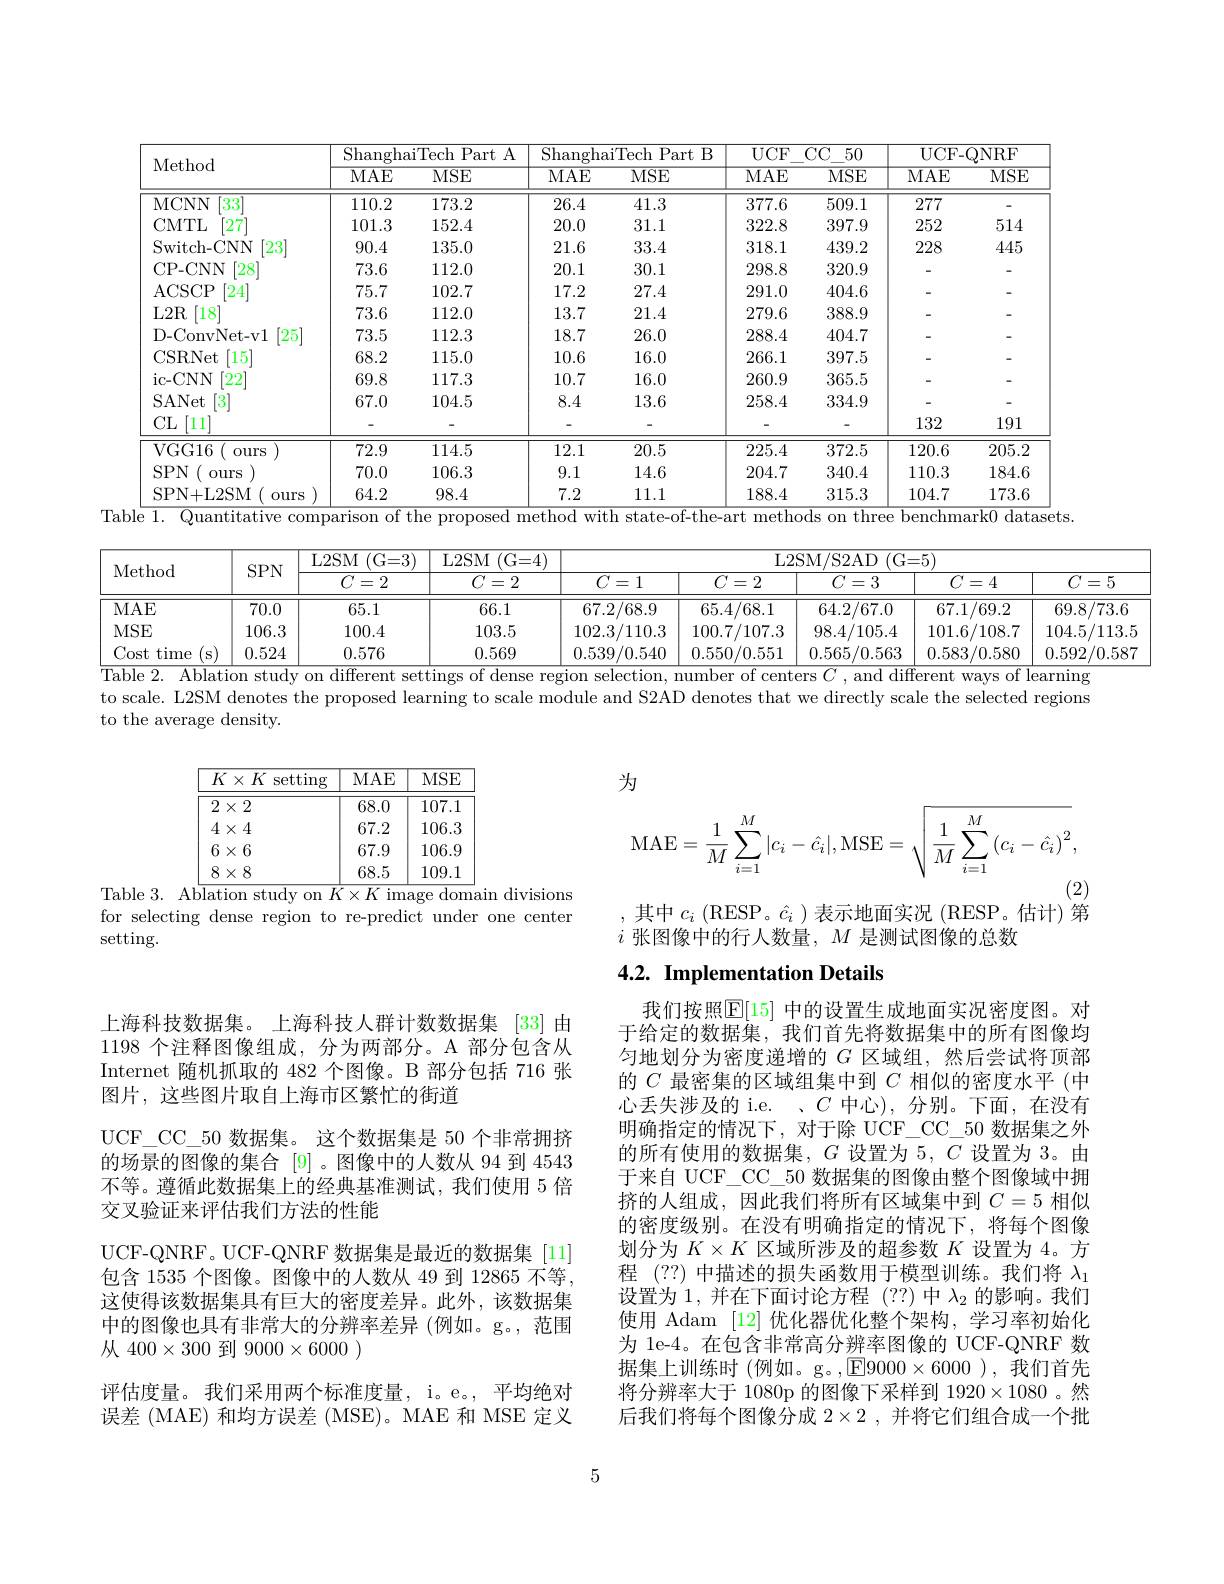
<table>
	<tbody>
		<tr>
			<th rowspan="2">Method</th>
			<th colspan="2">ShanghaiTech Part A</th>
			<th colspan="2">ShanghaiTech Part B</th>
			<th rowspan="2">$UCF$ MAE</th>
			<th rowspan="2">CC$\_$50 MSE</th>
			<th colspan="2">UCF- QNRF</th>
		</tr>
		<tr>
			<th>MAE</th>
			<th>MSE</th>
			<th>MAE</th>
			<th>MSE</th>
			<th>MAE</th>
			<th>MSE</th>
		</tr>
		<tr>
			<td>MCNN $33^{\prime}$</td>
			<td>110.2</td>
			<td>173.2</td>
			<td>26.4</td>
			<td>41.3</td>
			<td>377.6</td>
			<td>509.1</td>
			<td>277</td>
			<td>-</td>
		</tr>
		<tr>
			<td>CMTL 27</td>
			<td>101.3</td>
			<td>152.4</td>
			<td>20.0</td>
			<td>31.1</td>
			<td>322.8</td>
			<td>397.9</td>
			<td>252</td>
			<td>514</td>
		</tr>
		<tr>
			<td>$[23^{\prime}$ Switch- CNN</td>
			<td>90.4</td>
			<td>135.0</td>
			<td>21.6</td>
			<td>33.4</td>
			<td>318.1</td>
			<td>439.2</td>
			<td>228</td>
			<td>445</td>
		</tr>
		<tr>
			<td>$\lceil28\rceil$ CP- CNN</td>
			<td>73.6</td>
			<td>112.0</td>
			<td>20.1</td>
			<td>30.1</td>
			<td>298.8</td>
			<td>320.9</td>
			<td> </td>
			<td>-</td>
		</tr>
		<tr>
			<td>$\lceil24\rceil$ ACSCP</td>
			<td>75.7</td>
			<td>102.7</td>
			<td>17.2</td>
			<td>27.4</td>
			<td>291.0</td>
			<td>404.6</td>
			<td> </td>
			<td>-</td>
		</tr>
		<tr>
			<td>$L2R$ [18]</td>
			<td>73.6</td>
			<td>112.0</td>
			<td>13.7</td>
			<td>21.4</td>
			<td>279.6</td>
			<td>388.9</td>
			<td> </td>
			<td>-</td>
		</tr>
		<tr>
			<td>D- ConvNet- v1 $25^{\prime}$</td>
			<td>73.5</td>
			<td>112.3</td>
			<td>18.7</td>
			<td>26.0</td>
			<td>288.4</td>
			<td>404.7</td>
			<td> </td>
			<td>-</td>
		</tr>
		<tr>
			<td>CSRNet $15^{\prime}$</td>
			<td>68.2</td>
			<td>115.0</td>
			<td>10.6</td>
			<td>16.0</td>
			<td>266.1</td>
			<td>397.5</td>
			<td> </td>
			<td>-</td>
		</tr>
		<tr>
			<td>$[22^{\cdot}]$ ic- CNN</td>
			<td>69.8</td>
			<td>117.3</td>
			<td>10.7</td>
			<td>16.0</td>
			<td>260.9</td>
			<td>365.5</td>
			<td> </td>
			<td>-</td>
		</tr>
		<tr>
			<td>SANet 3</td>
			<td>67.0</td>
			<td>104.5</td>
			<td>8.4</td>
			<td>13.6</td>
			<td>258.4</td>
			<td>334.9</td>
			<td> </td>
			<td>-</td>
		</tr>
		<tr>
			<td>CL [11]</td>
			<td> </td>
			<td> </td>
			<td> </td>
			<td> </td>
			<td>-</td>
			<td> </td>
			<td>132</td>
			<td>191</td>
		</tr>
		<tr>
			<td>VGG16 1. ours</td>
			<td>72.9</td>
			<td>114.5</td>
			<td>12.1</td>
			<td>20.5</td>
			<td>225.4</td>
			<td>372.5</td>
			<td>120.6</td>
			<td>205.2</td>
		</tr>
		<tr>
			<td>$SPN$ $0urs$</td>
			<td>70.0</td>
			<td>106.3</td>
			<td>9.1</td>
			<td>14.6</td>
			<td>204.7</td>
			<td>340.4</td>
			<td>110.3</td>
			<td>184.6</td>
		</tr>
		<tr>
			<td>SPN+L2SM ours</td>
			<td>64.2</td>
			<td>98.4</td>
			<td>7.2</td>
			<td>11.1</td>
			<td>188.4</td>
			<td>315.3</td>
			<td>104.7</td>
			<td>173.6</td>
		</tr>
	</tbody>
</table>
Table $\overline {1}.$ Quantitative comparison of the proposed method with state- of- the- art methods on three benchmark0 datasets

<table>
	<tbody>
		<tr>
			<th rowspan="2">Method</th>
			<th rowspan="2">$SPN$</th>
			<th rowspan="2">L2SM (G= 3) $C=2$</th>
			<th rowspan="2">$L2$SM (G= 4) $C=2$</th>
			<th colspan="5">${\mathrm{L2SM/S2AD~(G=5)}}$</th>
		</tr>
		<tr>
			<th>$C=1$</th>
			<th>$C=2$</th>
			<th>$C=3$</th>
			<th>$C=4$</th>
			<th>$C=5$</th>
		</tr>
		<tr>
			<td>MAE</td>
			<td>70.0</td>
			<td>65.1</td>
			<td>66.1</td>
			<td>67.2/68.9</td>
			<td>65.4/68.1</td>
			<td>64.2/67.0</td>
			<td>67.1/69.2</td>
			<td>69.8/73.6</td>
		</tr>
		<tr>
			<td>MSE</td>
			<td>106.3</td>
			<td>100.4</td>
			<td>103.5</td>
			<td>102.3/110.3</td>
			<td>100.7/107.3</td>
			<td>98.4/105.4</td>
			<td>101.6/108.7</td>
			<td>104.5/113.5</td>
		</tr>
		<tr>
			<td>Cost time - S</td>
			<td>0.524</td>
			<td>0.576</td>
			<td>0.569</td>
			<td>0.539/0.540</td>
			<td>0.550/0.551</td>
			<td>0.565/0.563</td>
			<td>0.583/0.580</td>
			<td>0.592/0.587</td>
		</tr>
	</tbody>
</table>
$\frac{\text{Table 2. Ablation study on different settings of dense region selection, number of centers }C,\text{and different ways of learning}}$

to scale. L2SM denotes the proposed learning to scale module and S2AD denotes that we directly scale the selected regions
to the average density.

为

<table>
	<tbody>
		<tr>
			<th>$K\times K$ setting</th>
			<th>MAE</th>
			<th>$MSE$</th>
		</tr>
		<tr>
			<td>$2\times2$</td>
			<td>68.0</td>
			<td>107.1</td>
		</tr>
		<tr>
			<td>$4\times4$</td>
			<td>67.2</td>
			<td>106.5</td>
		</tr>
		<tr>
			<td>$6\times6$</td>
			<td>67.9</td>
			<td>106.!</td>
		</tr>
		<tr>
			<td>$8\times8$</td>
			<td>68.5</td>
			<td>109.1 1</td>
		</tr>
	</tbody>
</table>
Table 3. Ab$\overline\text{lation study on }K\times K$ image domain divisions
$$\mathrm{MAE}=\frac{1}{M}\sum_{i=1}^{M}|c_{i}-\hat{c}_{i}|,\mathrm{MSE}=\sqrt{\frac{1}{M}\sum_{i=1}^{M}\left(c_{i}-\hat{c}_{i}\right)^{2}},$$
(2)

其中$c_i$ (RESP。$\hat{c}_i$ )表示地面实况 (RESP。估计)第

for selecting dense region to re-predict under one center
setting.

$i$张图像中的行人数量，$M$是测试图像的总数

# 4.2. Implementation Details

我们按照$\overline{\mathbb{E}}[15]$ 中的设置生成地面实况密度图。对于给定的数据集，我们首先将数据集中的所有图像均匀地划分为密度递增的$G$区域组，然后尝试将顶部的$C$最密集的区域组集中到$C$相似的密度水平(中心丢失涉及的 i.e. 、$C$中心),分别。下面，在没有明确指定的情况下，对于除 UCF\_ CC\_50 数据集之外的所有使用的数据集，$G$设置为 5, $C$设置为 3。由于来自 UCF\_ CC\_50 数据集的图像由整个图像域中拥挤的人组成，因此我们将所有区域集中到$C=5$相似的密度级别。在没有明确指定的情况下，将每个图像划分为$K\times K$区域所涉及的超参数$K$设置为 4。方程 (??) 中描述的损失函数用于模型训练。我们将$\lambda_1$ 设置为 1, 并在下面讨论方程 (??) 中$\lambda_2$的影响。我们使用 Adam [12] 优化器优化整个架构，学习率初始化为 1e-4。在包含非常高分辨率图像的 UCF-QNRF 数据集上训练时(例如。g。,E$9000\times6000$ ),我们首先将分辨率大于 1080p 的图像下采样到 1920$\times1080$ 。然后我们将每个图像分成$2\times2$,并将它们组合成一个批

上海科技数据集。上海科技人群计数数据集 [33] 由1198 个注释图像组成，分为两部分。A 部分包含从Internet 随机抓取的 482 个图像。B 部分包括 716 张图片，这些图片取自上海市区繁忙的街道
UCF\_CC\_50 数据集。这个数据集是 50 个非常拥挤的场景的图像的集合[9] 。图像中的人数从 94 到 4543不等。遵循此数据集上的经典基准测试，我们使用 5 倍交叉验证来评估我们方法的性能
UCF-QNRF。UCF-QNRF 数据集是最近的数据集[11] 包含 1535 个图像。图像中的人数从 49 到 12865 不等， 这使得该数据集具有巨大的密度差异。此外，该数据集中的图像也具有非常大的分辨率差异 (例如。g。,范围从$400\times300$到$9000\times6000$ )
评估度量。我们采用两个标准度量，i。e。,平均绝对误差(MAE) 和均方误差(MSE)。MAE 和 MSE 定义

5